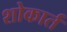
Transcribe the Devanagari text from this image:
शोकार्त